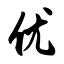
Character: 优